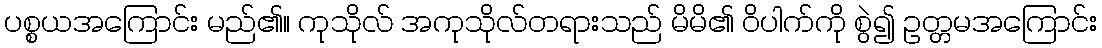
ပစ္စယအကြောင်း မည်၏။ ကုသိုလ် အကုသိုလ်တရားသည် မိမိ၏ ဝိပါက်ကို စွဲ၍ ဥတ္တမအကြောင်း